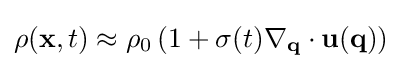
\rho (\mathbf {x} ,t)\approx \rho _{0}\left(1+\sigma (t)\nabla _{\mathbf {q} }\cdot \mathbf {u} (\mathbf {q} )\right)